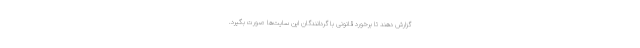
گزارش دهند تا برخورد قانونی با گردانندگان این سایت‌ها صورت بگیرد.